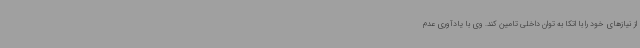
از نیازهای خود را با اتکا به توان داخلی تامین کند. وی با یادآوری عدم